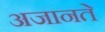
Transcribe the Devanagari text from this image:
अजानते